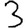
Digit: 3